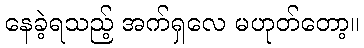
နေခဲ့ရသည့် အက်ရှလေ မဟုတ်တော့။